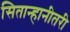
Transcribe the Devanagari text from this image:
सितान्हानीतरी